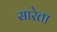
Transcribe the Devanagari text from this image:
सारेता